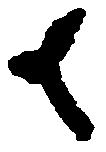
去